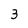
Character: 3